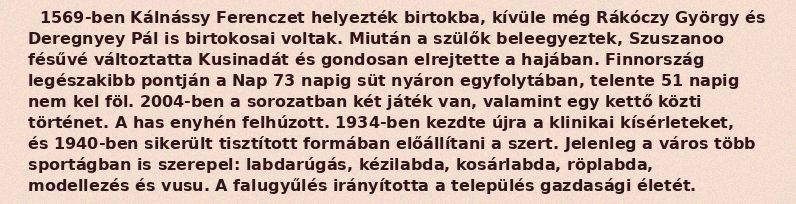
1569-ben Kálnássy Ferenczet helyezték birtokba, kívüle még Rákóczy György és Deregnyey Pál is birtokosai voltak. Miután a szülők beleegyeztek, Szuszanoo fésűvé változtatta Kusinadát és gondosan elrejtette a hajában. Finnország legészakibb pontján a Nap 73 napig süt nyáron egyfolytában, telente 51 napig nem kel föl. 2004-ben a sorozatban két játék van, valamint egy kettő közti történet. A has enyhén felhúzott. 1934-ben kezdte újra a klinikai kísérleteket, és 1940-ben sikerült tisztított formában előállítani a szert. Jelenleg a város több sportágban is szerepel: labdarúgás, kézilabda, kosárlabda, röplabda, modellezés és vusu. A falugyűlés irányította a település gazdasági életét.